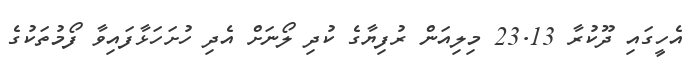
އެހީގައި ދޫކުރާ 23.13 މިލިއަން ރުފިޔާގެ ކުދި ލޯނަށް އެދި ހުށަހަޅާފައިވާ ފޯމުތަކުގެ